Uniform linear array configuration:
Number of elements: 8
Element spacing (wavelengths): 0.5
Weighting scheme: exponential
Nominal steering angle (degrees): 0
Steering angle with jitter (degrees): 0.5419
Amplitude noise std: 0.05
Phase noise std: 0.05

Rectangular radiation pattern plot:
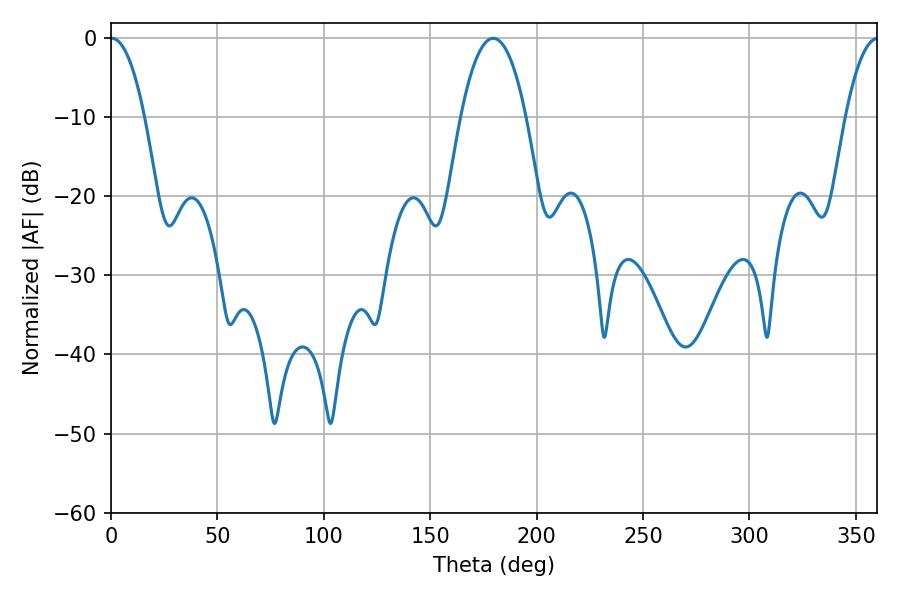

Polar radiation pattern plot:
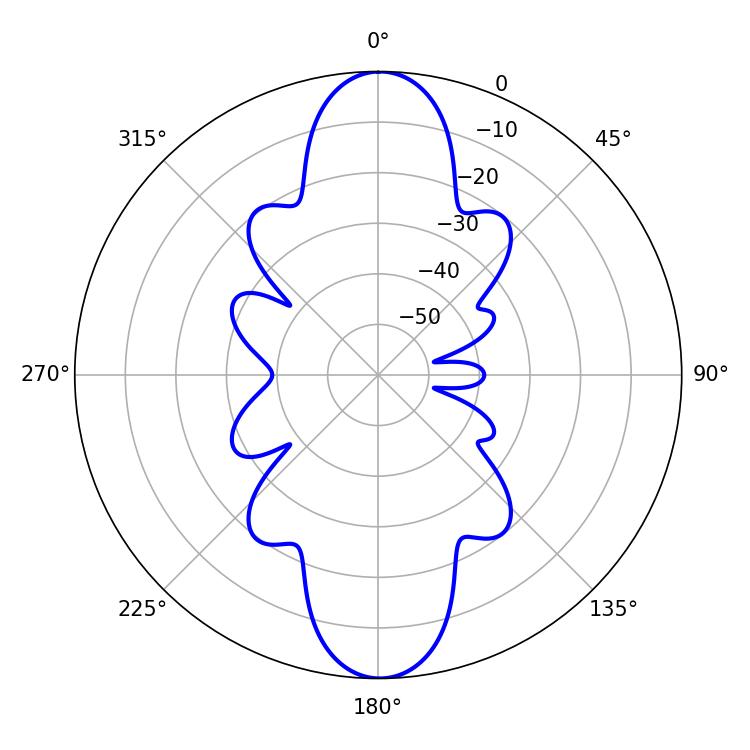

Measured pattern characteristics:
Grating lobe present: FALSE
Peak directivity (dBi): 27.872
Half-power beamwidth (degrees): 8.82
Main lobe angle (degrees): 0.36